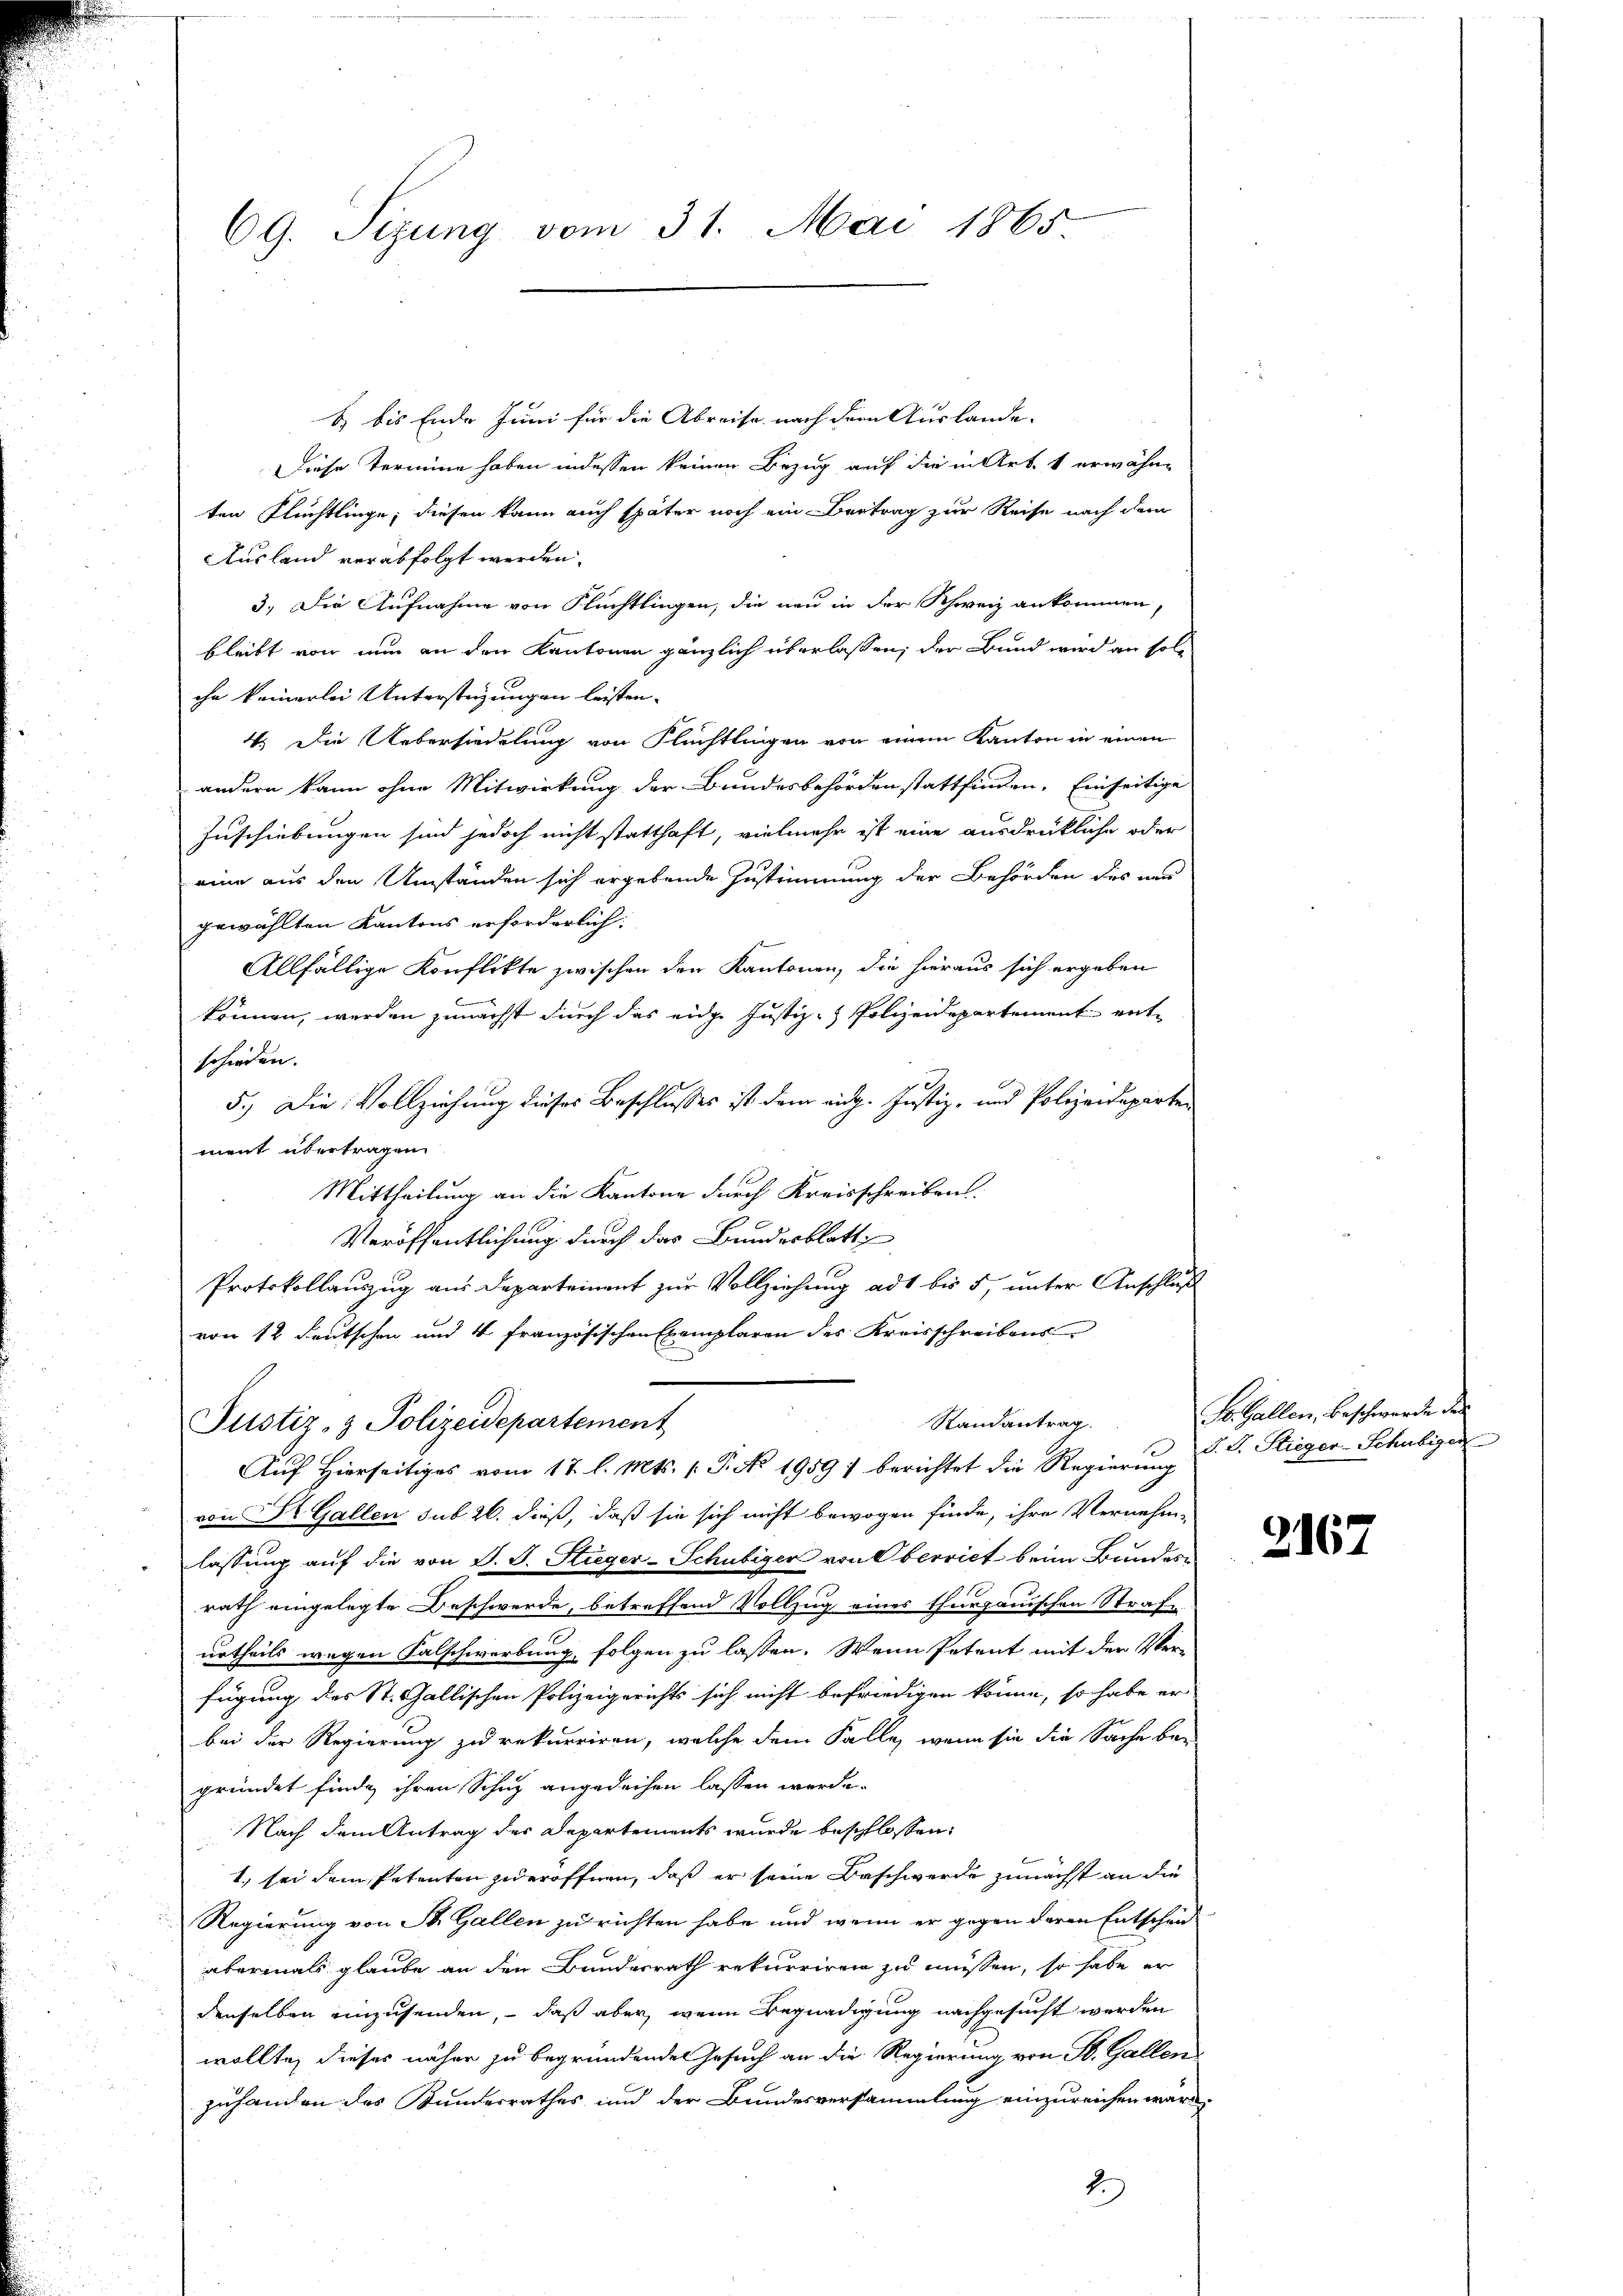
69. Sizung vom 31. Mai 1865.

B) bis Ende Juni für die Abreise nach dem Auslande- |
Diese Termine haben indessen keinen Bezug auf die in Art. 1 erwähnten Flüchtlinge; diesen kann auch später noch ein Bertrag zur Reise nach dem
Ausland verabfolgt werden.
3.) Die Aufnahme von Flüchtlingen, die neu in der Schweiz ankommen,
bleibt von nun an den Kantonen gänzlich überlassen; der Bund wird an solchn keinerlei Unterstüzungen leisten. |
4.) Die Uebersiedelung von Flüchtlingen von einem Kanton in einen
andern kann ohne Mitwirkung der Bundesbehörden stattfinden. Einseitige
Inschiebungen sind jedoch nicht statthaft, vielmehr ist eine ausdrückliche oder
eine aus den Umständen sich ergebende Zustimmung der Behörden des und
gewählten Kantons erforderlich:
Allfällige Konflikte zwischen den Kantonen, die hieraus sich ergeben
können, werden zunächst durch das eider Justiz- & Polizeidepartement entschieden.
5.) Die Vollziehung dieses Beschlusses ist dem eidg. Justiz- und Polizeidepirten
ment übertragen
Mittheilung an die Kantone durch Kreisschreiben.
Veröffentlichung durch das Bundesblatt
Protokollauszug aus Departement zur Vollziehung ad bis 5, unter Anschluß
von 12 deutschen und 4 französischen Exemplaren der Kreisschreibens
Randantrag.
Justiz- & Polizeidepartement
Auf Hierseitiges vom 17. l. Mts. (T. No 1959) berichtet die Regierung
von St. Gallen sub 26. dieß, daß sie sich nicht bewogen finde, ihre Vernehm-
lassung auf die von J. J. Stieger-Schubiger von Oberriet beim Bundes-
rath eingelegte Beschwerde, betreffend Vollzug eines thurgauischen Strafurtheils wegen Falschwerbung, folgen zu lassen. Wenn Petent mit der Ver-
fügung des St. Gallischen Polizeigerichts sich nicht befriedigen könne, so habe er
bei der Regierung zu rekurriren, welche dem Falle, wenn sie die Sache be-
gründet finde ihren Schutz angedeihen lassen werde.
Nach dem Antrag des Departements wurde beschlossen:
1. sei dem Petenten jederöffnen, daß er seine Beschwerde zunächst an die
Regierung von St. Gallen zu richten habe und wenn er gegen deren Entscheiabermals glaube an den Bundesrath rekurriren zu müssen, so habe er
denselben einzusenden, – daß aber, wenn Begnadigung nachgesucht werden
wollte, dieses näher zu begründenden Gesuch an die Regierung von St. Gallen
zuhanden des Bundesrathes und der Bundesversammlung einzureichen wäre.
2

St. Gallen, Beschwerden des
d. L. Stieger-Schubiger

2167